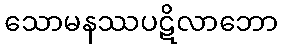
သောမနဿပဋိလာဘော